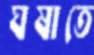
ঘষাতে